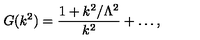
G ( k ^ { 2 } ) = \frac { 1 + k ^ { 2 } / \Lambda ^ { 2 } } { k ^ { 2 } } + \dots ,